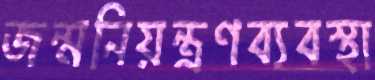
জন্মনিয়ন্ত্রণব্যবস্থা